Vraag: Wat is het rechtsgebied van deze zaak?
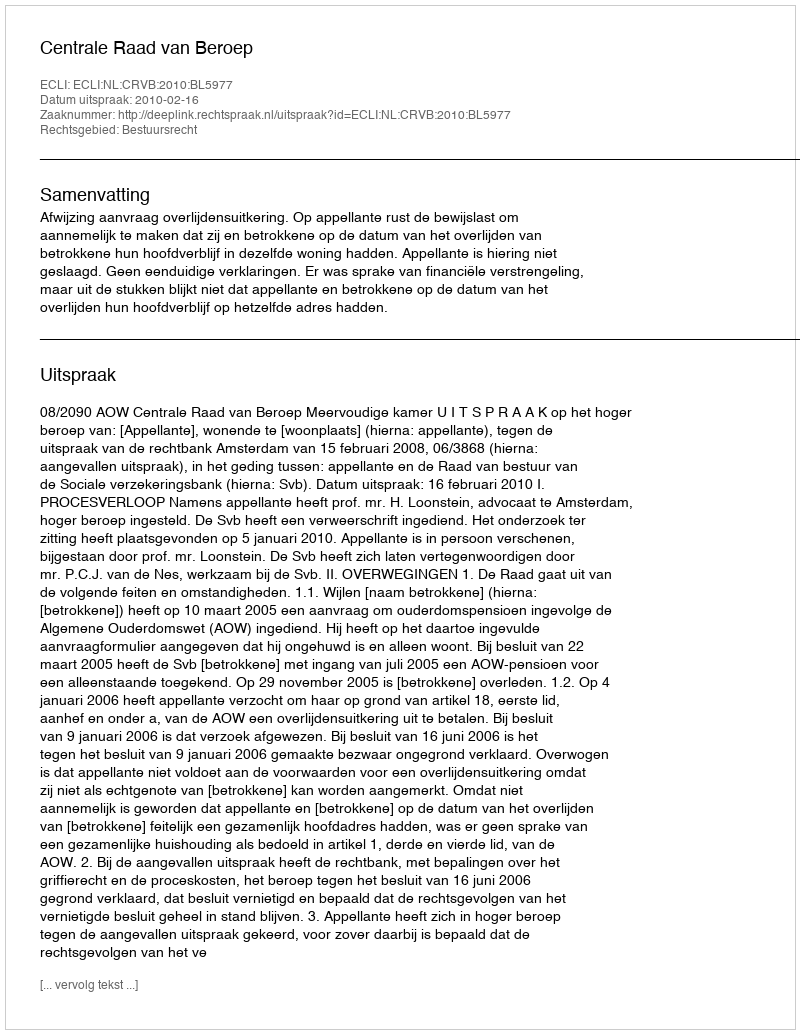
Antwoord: Bestuursrecht